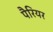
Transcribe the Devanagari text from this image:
पैरियर